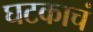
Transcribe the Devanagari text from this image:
घटकाचं